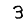
Digit: 3